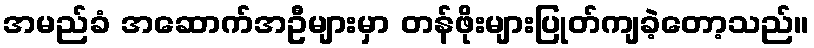
အမည်ခံ အဆောက်အဦများမှာ တန်ဖိုးများပြုတ်ကျခဲ့တော့သည်။